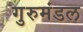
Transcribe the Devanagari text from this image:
गुरुमंडल